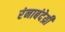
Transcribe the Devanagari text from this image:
रंनाबंदेय्री